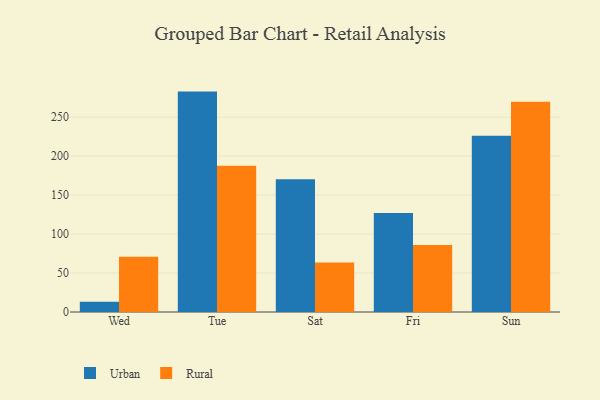
{"axis": {"x": "Day", "y": "Shipments"}, "legend": ["Rural", "Urban"], "data": [{"x": "Wed", "y": 13.0, "type": "Urban"}, {"x": "Wed", "y": 70.8, "type": "Rural"}, {"x": "Tue", "y": 282.8, "type": "Urban"}, {"x": "Tue", "y": 187.5, "type": "Rural"}, {"x": "Sat", "y": 170.3, "type": "Urban"}, {"x": "Sat", "y": 63.4, "type": "Rural"}, {"x": "Fri", "y": 127.0, "type": "Urban"}, {"x": "Fri", "y": 86.0, "type": "Rural"}, {"x": "Sun", "y": 226.0, "type": "Urban"}, {"x": "Sun", "y": 269.8, "type": "Rural"}]}